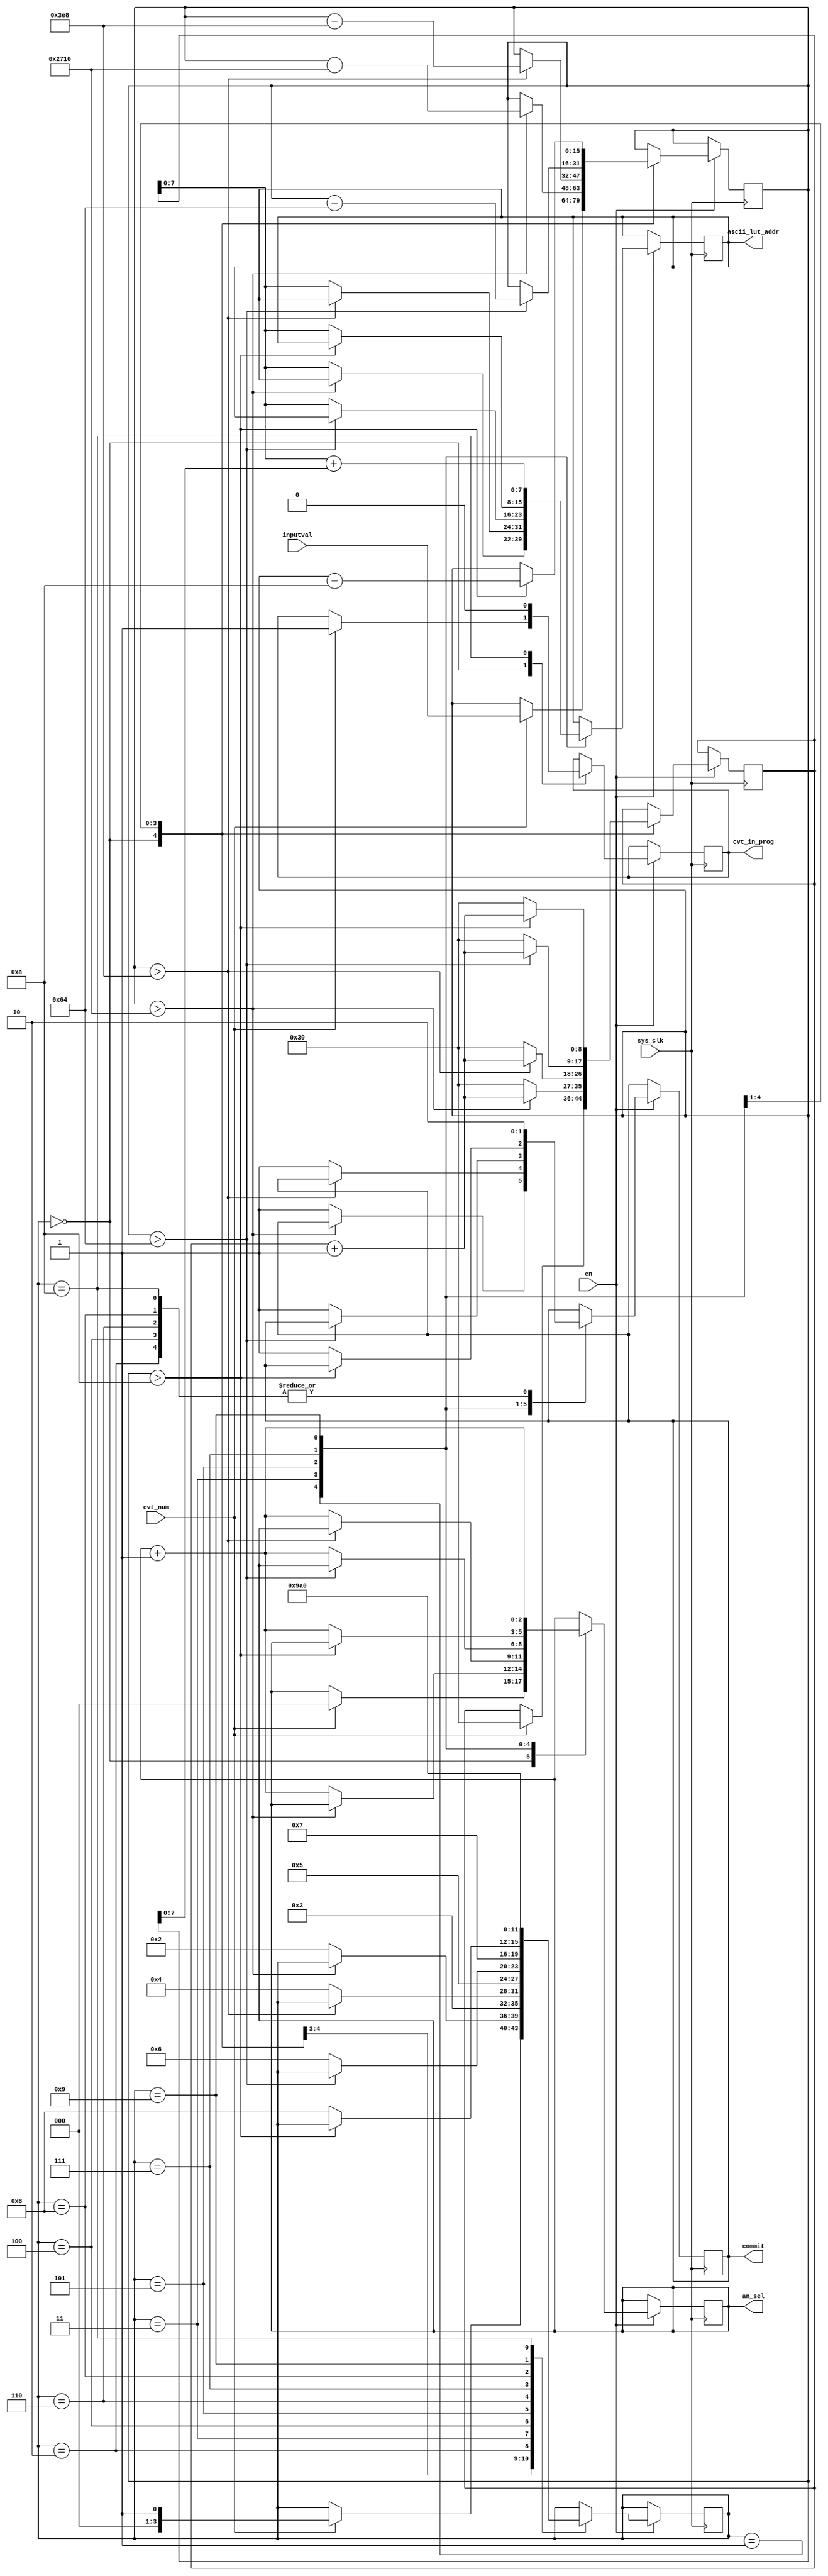
module num_2_seg 
#(
    parameter SYSCLK_F = 24000000,
    parameter MAX_INPUT = 65535,
    parameter ASCII_LUT_SIZE = 256
) (
    input   en,
    input   cvt_num,
    input   sys_clk,

    input   [(INPUT_W - 1):0] inputval,

    output reg [($clog2(CAN_CT) - 1):0] an_sel,         // selected anode/character
    output reg [($clog2(ASCII_LUT_SIZE) - 1):0] ascii_lut_addr, // Address for Ascii LUT
    output reg commit,                                   // write values to 7 seg driver
    output reg cvt_in_prog
);

    localparam SEG_CT = 8;
    localparam CAN_CT = 8;
    localparam INPUT_W = $clog2(MAX_INPUT);
    

    localparam  STATE_IDLE      = 4'd0;
    localparam  STATE_10000s    = 4'd1;
    localparam  STATE_STALL_0   = 4'd2;
    localparam  STATE_1000s     = 4'd3;
    localparam  STATE_STALL_1   = 4'd4;
    localparam  STATE_100s      = 4'd5;
    localparam  STATE_STALL_2   = 4'd6;
    localparam  STATE_10s       = 4'd7;
    localparam  STATE_STALL_3   = 4'd8;
    localparam  STATE_1s        = 4'd9;
    localparam  STATE_STALL_4   = 4'd10;
    reg [3:0] oa_state;

    localparam ASCII_NUMBER_OFS = 8'h30;

    reg [(INPUT_W - 1):0] inbuffer;
    reg [($clog2(ASCII_LUT_SIZE)):0] segctr;  

    initial begin
        commit              = 0;
        an_sel              = 0;
        ascii_lut_addr      = 0;
        inbuffer            = 0;
        cvt_in_prog         = 0;
    end

    always @ (posedge sys_clk) begin
        if(en) begin
            case (oa_state)
                STATE_IDLE: begin
                    if(cvt_num) begin
                        oa_state    <= STATE_START_CV;
                        an_sel      <= 0;
                        segctr      <= ASCII_NUMBER_OFS;
                        inbuffer    <= inputval;
                        cvt_in_prog <= 1;
                    end
                end
                STATE_10000s: begin
                    if(inbuffer > 16'd10000) begin
                        inbuffer    <= inbuffer - 16'd10000;
                        segctr      <= segctr + 1;
                    end
                    else begin
                        ascii_lut_addr  <= segctr;
                        segctr          <= ASCII_NUMBER_OFS;
                        oa_state        <= STATE_STALL_0;
                        an_sel          <= an_sel + 1;
                        commit          <= 1;
                    end
                end
                STATE_STALL_0: begin
                    commit      <= 0;
                    oa_state    <= STATE_1000s;
                end
                STATE_1000s: begin
                    if(inbuffer > 16'd1000) begin
                        inbuffer    <= inbuffer - 16'd1000;
                        segctr      <= segctr + 1;
                    end
                    else begin
                        ascii_lut_addr  <= segctr;
                        segctr          <= ASCII_NUMBER_OFS;
                        oa_state        <= STATE_STALL_1;
                        an_sel          <= an_sel + 1;
                        commit          <= 1;
                    end
                end
                STATE_STALL_1: begin
                    commit      <= 0;
                    oa_state    <= STATE_100s;
                end
                STATE_100s: begin
                    if(inbuffer > 16'd100) begin
                        inbuffer    <= inbuffer - 16'd100;
                        segctr      <= segctr + 1;
                    end
                    else begin
                        ascii_lut_addr  <= segctr;
                        segctr          <= ASCII_NUMBER_OFS;
                        oa_state        <= STATE_STALL_2;
                        an_sel          <= an_sel + 1;
                        commit          <= 1;
                    end
                end
                STATE_STALL_2: begin
                    commit      <= 0;
                    oa_state    <= STATE_10s;
                end
                STATE_10s: begin
                    if(inbuffer > 16'd10) begin
                        inbuffer    <= inbuffer - 16'd10;
                        segctr      <= segctr + 1;
                    end
                    else begin
                        ascii_lut_addr  <= segctr;
                        segctr          <= ASCII_NUMBER_OFS;
                        oa_state        <= STATE_STALL_3;
                        an_sel          <= an_sel + 1;
                        commit          <= 1;
                    end
                end
                STATE_STALL_3: begin
                    commit      <= 0;
                    oa_state    <= STATE_1s;
                end
                STATE_1s: begin
                    ascii_lut_addr      <= segctr + inbuffer[7:0];
                    oa_state            <= STATE_STALL_4;
                    an_sel              <= an_sel + 1;
                    commit              <= 1;
                end
                STATE_STALL_4: begin
                    commit      <= 0;
                    oa_state    <= STATE_IDLE;
                    cvt_in_prog <= 0;
                end
            endcase
        end
    end

endmodule